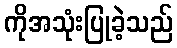
ကိုအသုံးပြုခဲ့သည်